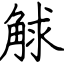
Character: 觩